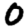
Digit: 0